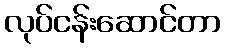
လုပ်ငန်းဆောင်တာ